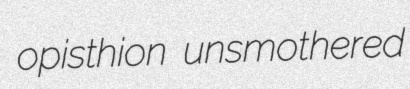
opisthion unsmothered